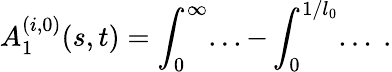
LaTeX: A_{1}^{(i,0)}(s,t)=\int_{0}^{\infty}...-\int_{0}^{1/l_{0}}...\ .